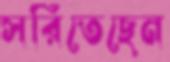
সরিতেছেন